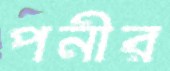
পনীর